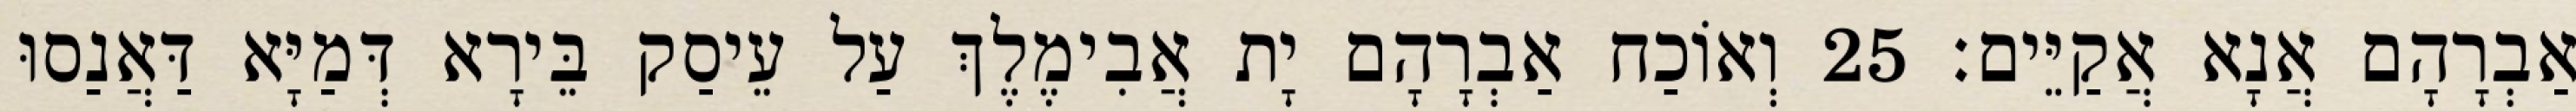
אַבְרָהָם אֲנָא אֲקַיֵּים׃ 25 וְאוֹכַח אַבְרָהָם יָת אֲבִימֶלֶךְ עַל עֵיסַק בֵּירָא דְּמַיָּא דַּאֲנַסוּ